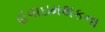
હવાઇમથકના